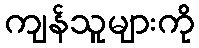
ကျန်သူများကို